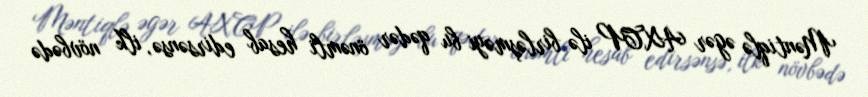
Məntiqlə əgər AXCP ilə birləşməyi bu qədər önəmli hesab edirsənsə, ilk növbədə